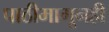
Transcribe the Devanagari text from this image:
पाठीमागूनही